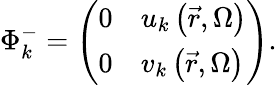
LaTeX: \Phi_{k}^{-}=\left({\begin{array}{ll}{{0}}&{{{u_{k}\left({\vec{r},\Omega}\right)}}}\\ {{0}}&{{{v_{k}\left({\vec{r},\Omega}\right)}}}\end{array}}\right).